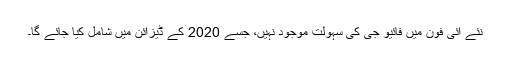
نئے آئی فون میں فائیو جی کی سہولت موجود نہیں، جسے 2020 کے ڈیزائن میں شامل کیا جائے گا۔